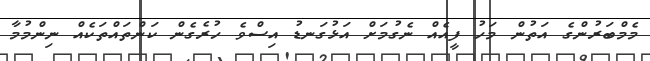
މެމްބަރުންގެ އަތުން މަހު ފީއެއް ނެގުމަށް އަޅުގަނޑު އިސްވެ ހުރެގެން ކަންތައްތަކެއް ނިންމުމާ